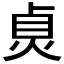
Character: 𤈱